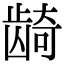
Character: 𬺈